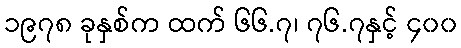
၁၉၇၈ ခုနှစ်က ထက် ၆၆.၇၊ ၇၆.၇နှင့် ၄၀၀